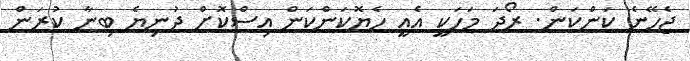
ޖެހޭނެ ކަންކަން. ރޯދަ މަހަކީ އެއީ ހެޔޮކަންކަން އިސްކޮށް ދުނިޔެ ބިނާ ކުރަން